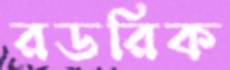
রডরিক